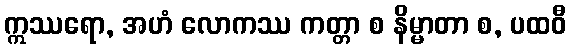
ဣဿရော, အဟံ လောကဿ ကတ္တာ စ နိမ္မာတာ စ, ပထဝီ